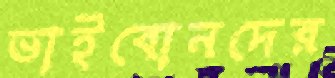
ভাইবোনদের